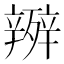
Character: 𭮧